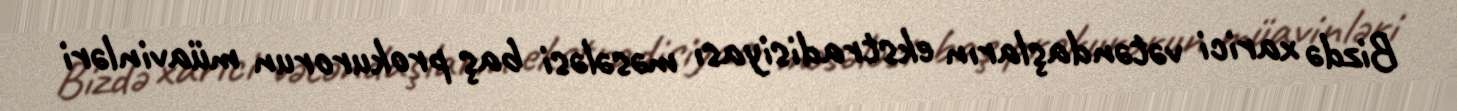
Bizdə xarici vətəndaşların ekstradisiyası məsələsi baş prokurorun müavinləri